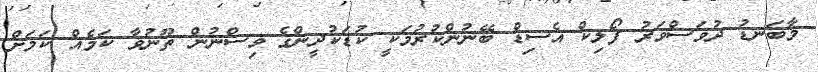
މާބަނޑު ދުވަސްވަރު ފޯލިކް އެސިޑް ބޭނުންކުރުމަކީ ކުޑަކުދީންގެ ވިސްނުން ތޫނުވާ ކަމެއް ކަމަށް